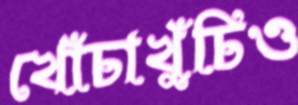
খোঁচাখুঁচিও